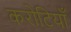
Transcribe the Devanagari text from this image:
करोटियाँ